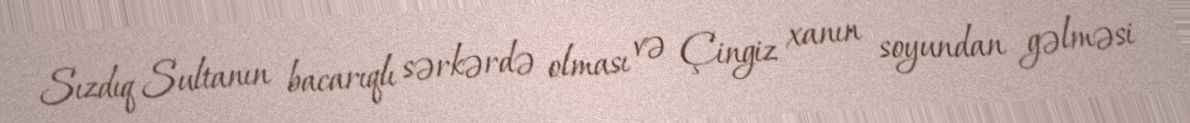
Sızdıq Sultanın bacarıqlı sərkərdə olması və Çingiz xanın soyundan gəlməsi